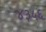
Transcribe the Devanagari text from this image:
४३५६